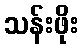
သန်းဖိုး